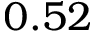
0 . 5 2